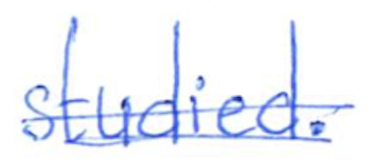
Text: studied.
Cross-out: double-line
Writing tool: ballpoint